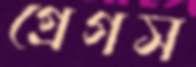
গ্রেগস